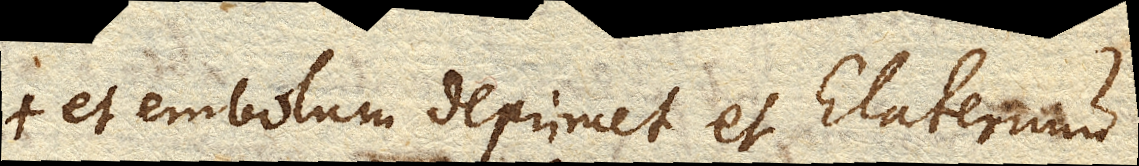
+ et embolum deprimet, et Elaterium